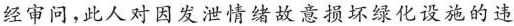
经审问，此人对因发泄情绪故意损坏绿化设施的违